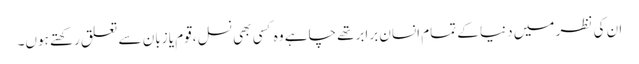
ان کی نظر میں دنیا کے تمام انسان برابرتھے چاہے وہ کسی بھی نسل ،قوم یا زبان سے تعلق رکھتے ہوں۔